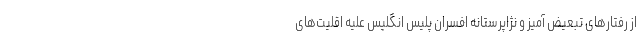
از رفتارهای تبعیض آمیز و نژاپرستانه افسران پلیس انگلیس علیه اقلیت‌های